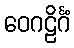
ဝေဂဠိင်္ဂံ